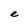
Character: e